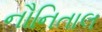
નૌનિતાલ